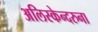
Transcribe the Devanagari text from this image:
अलिस्केन्दरुना